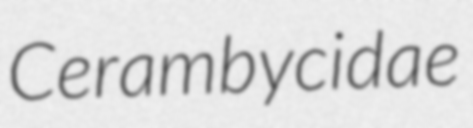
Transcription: Cerambycidae